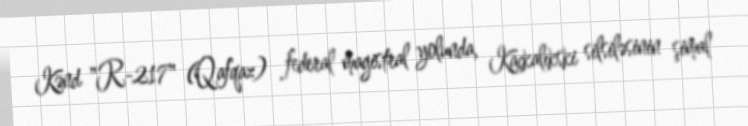
Kənd "R-217" (Qafqaz) federal magistral yolunda, Kaçkalıkski silsiləsinin şimal